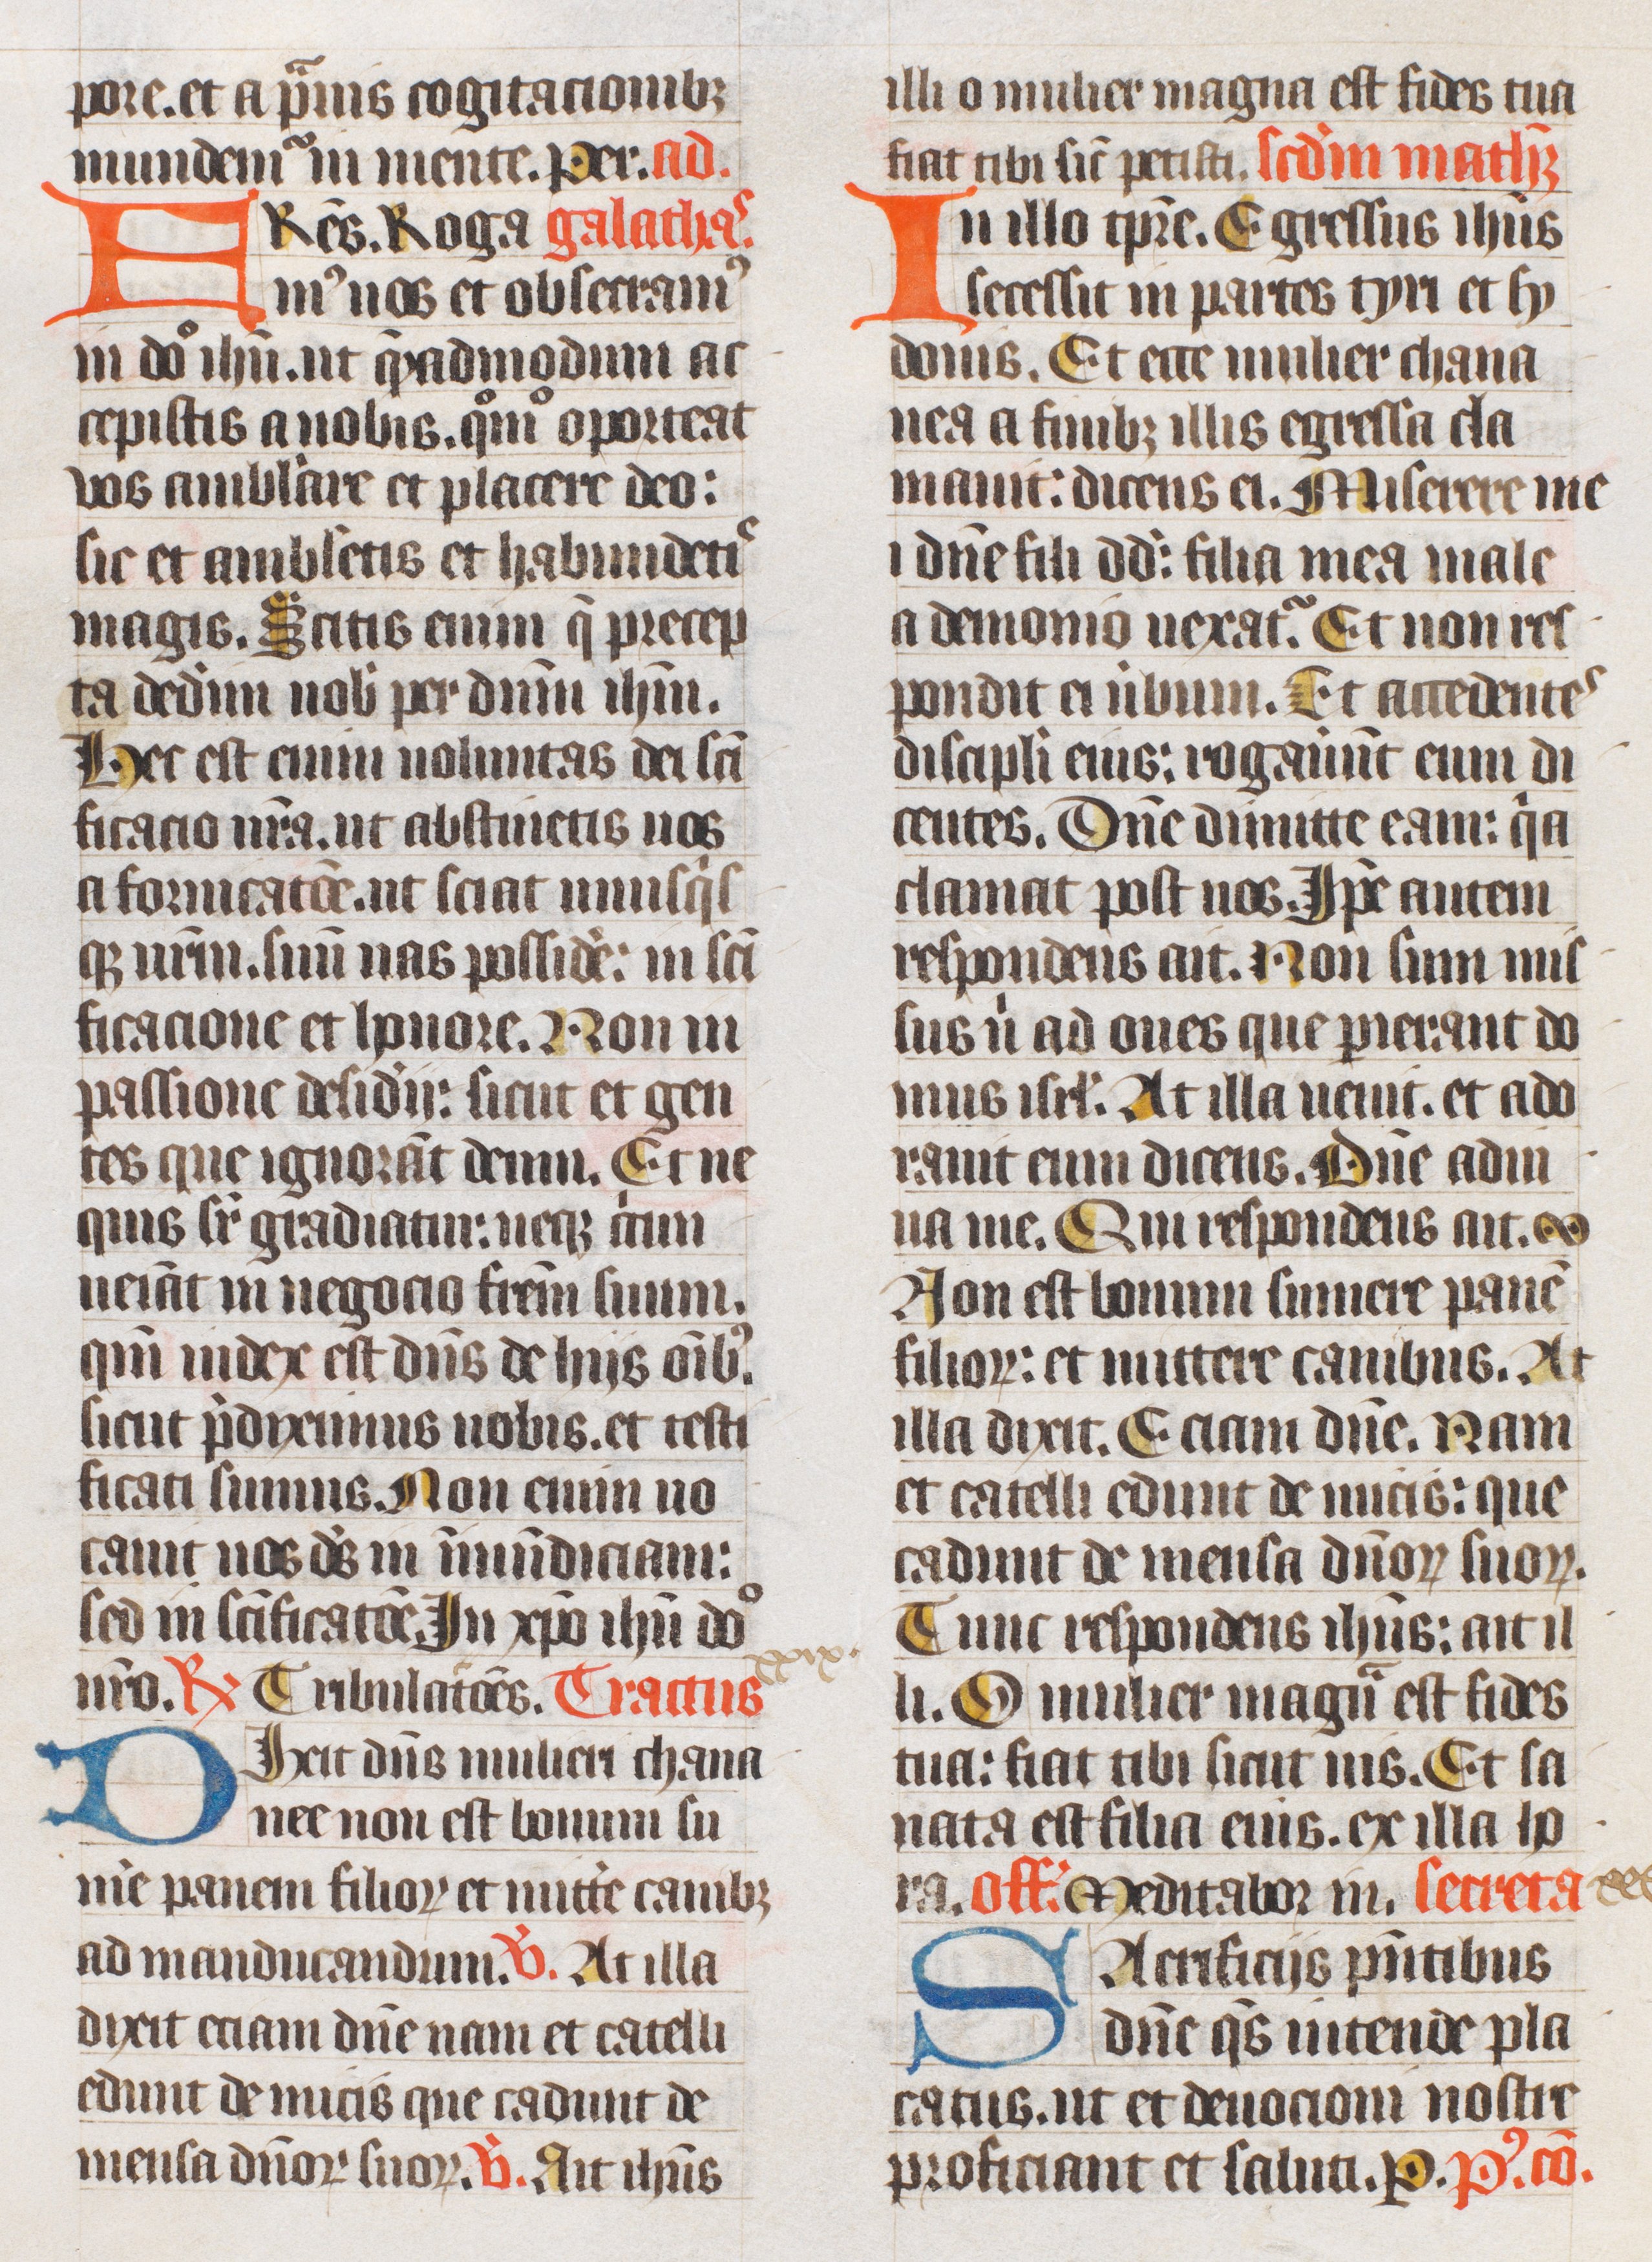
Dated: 1400–1499